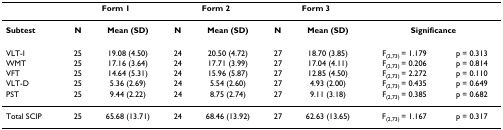
<table><thead><tr><td></td><td colspan="2"><b>Form 1</b></td><td colspan="2"><b>Form 2</b></td><td colspan="2"><b>Form 3</b></td><td></td><td></td></tr></thead><tbody><tr><td><b>Subtest</b></td><td><b>N</b></td><td><b>Mean (SD)</b></td><td><b>N</b></td><td><b>Mean (SD)</b></td><td><b>N</b></td><td><b>Mean (SD)</b></td><td colspan="2"><b>Significance</b></td></tr><tr><td>VLT-I</td><td>25</td><td>19.08 (4.50)</td><td>24</td><td>20.50 (4.72)</td><td>27</td><td>18.70 (3.85)</td><td>F<sub>(2,73) </sub>= 1.179</td><td>p = 0.313</td></tr><tr><td>WMT</td><td>25</td><td>17.16 (3.64)</td><td>24</td><td>17.71 (3.99)</td><td>27</td><td>17.04 (4.11)</td><td>F<sub>(2,73) </sub>= 0.206</td><td>p = 0.814</td></tr><tr><td>VFT</td><td>25</td><td>14.64 (5.31)</td><td>24</td><td>15.96 (5.87)</td><td>27</td><td>12.85 (4.50)</td><td>F<sub>(2,73) </sub>= 2.272</td><td>p = 0.110</td></tr><tr><td>VLT-D</td><td>25</td><td>5.36 (2.69)</td><td>24</td><td>5.54 (2.60)</td><td>27</td><td>4.93 (2.00)</td><td>F<sub>(2,73) </sub>= 0.435</td><td>p = 0.649</td></tr><tr><td>PST</td><td>25</td><td>9.44 (2.22)</td><td>24</td><td>8.75 (2.74)</td><td>27</td><td>9.11 (3.18)</td><td>F<sub>(2,73) </sub>= 0.385</td><td>p = 0.682</td></tr><tr><td>Total SCIP</td><td>25</td><td>65.68 (13.71)</td><td>24</td><td>68.46 (13.92)</td><td>27</td><td>62.63 (13.65)</td><td>F<sub>(2,73) </sub>= 1.167</td><td>p = 0.317</td></tr></tbody></table>